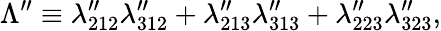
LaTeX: \Lambda^{\prime\prime}\equiv\lambda_{212}^{\prime\prime}\lambda_{312}^{\prime\prime}+\lambda_{213}^{\prime\prime}\lambda_{313}^{\prime\prime}+\lambda_{223}^{\prime\prime}\lambda_{323}^{\prime\prime},